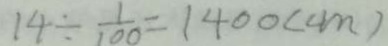
1 4 \div \frac { 1 } { 1 0 0 } = 1 4 0 0 ( c m )